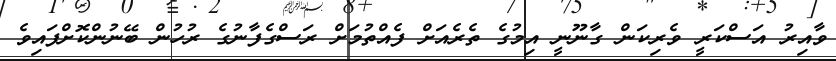
ވާއިރު އަސްކަރީ ވެރިކަން ގާނޫނީ އިމުގެ ތެރެއަށް ފެއްތުމަށް ރަސްގެފާނުގެ ރުހުން ބޭނުންކޮށްފައިވެ